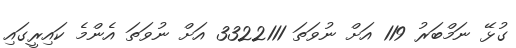
ގުޅޭ ނަމްބަރު 119 އަށް ނުވަތަ 3322111 އަށް ނުވަތަ އެންމެ ކައިރީގައި